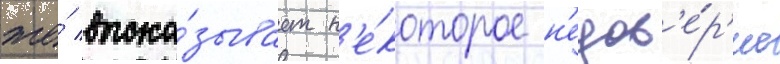
же́ выска́зывает н'е́которое н'едов'е́р'ие